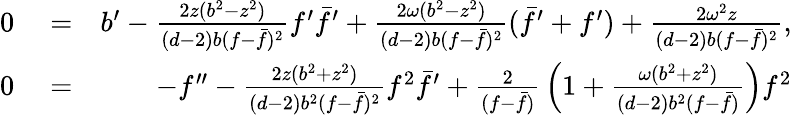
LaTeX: \begin{array}{rlr}{0}&{{}=}&{b^{\prime}-{\frac{2z(b^{2}-z^{2})}{(d-2)b(f-\bar{f})^{2}}}f^{\prime}\bar{f}^{\prime}+{\frac{2\omega(b^{2}-z^{2})}{(d-2)b(f-\bar{f})^{2}}}(\bar{f}^{\prime}+f^{\prime})+{\frac{2\omega^{2}z}{(d-2)b(f-\bar{f})^{2}}},}\\ {0}&{{}=}&{-f^{\prime\prime}-{\frac{2z(b^{2}+z^{2})}{(d-2)b^{2}(f-\bar{f})^{2}}}f^{2}\bar{f}^{\prime}+{\frac{2}{(f-\bar{f})}}\left(1+{\frac{\omega(b^{2}+z^{2})}{(d-2)b^{2}(f-\bar{f})}}\right)f^{2}}\end{array}